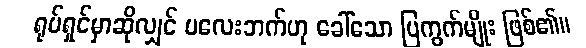
ရုပ်ရှင်မှာဆိုလျှင် ပလေးဘက်ဟု ခေါ်သော ပြကွက်မျိုး ဖြစ်၏။